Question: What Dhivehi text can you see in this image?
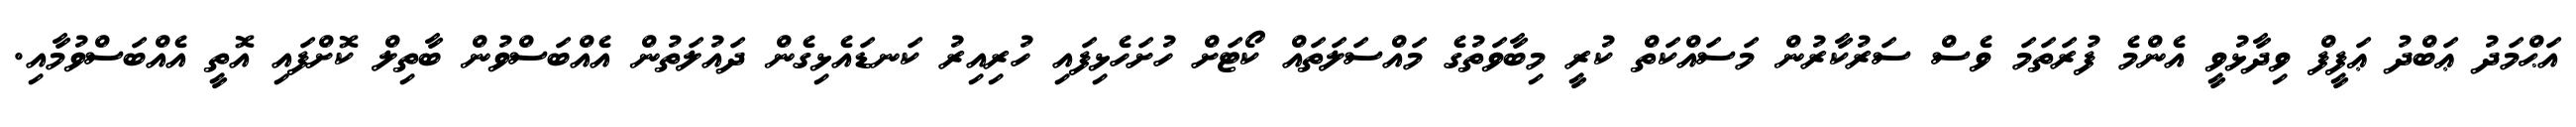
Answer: އަޙްމަދު ޢަބްދު ޢަފީފް ވިދާޅުވީ އެންމެ ފުރަތަމަ ވެސް ސަރުކާރުން މަސައްކަތް ކުރީ މިބާވަތުގެ މައްސަލަތައް ކޯޓަށް ހުށަހެޅިފައި ހުރިއިރު ކަނޑައެޅިގެން ދައުލަތުން އެއްބަސްވުން ބާތިލް ކޮށްފައި އޮތީ އެއްބަސްވުމާއި.